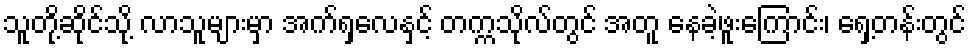
သူတို့ဆိုင်သို့ လာသူများမှာ အက်ရှလေနှင့် တက္ကသိုလ်တွင် အတူ နေခဲ့ဖူးကြောင်း၊ ရှေ့တန်းတွင်